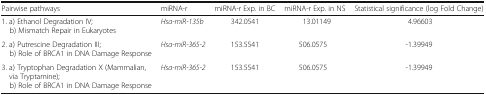
<table><thead><tr><td><b>Pairwise pathways</b></td><td><b>miRNA-r</b></td><td><b>miRNA-r Exp. in BC</b></td><td><b>miRNA-r Exp. in NS</b></td><td><b>Statistical significance (log Fold Change)</b></td></tr></thead><tbody><tr><td>1. a) Ethanol Degradation IV;b) Mismatch Repair in Eukaryotes</td><td><i>Hsa-miR-135b</i></td><td>342.0541</td><td>13.01149</td><td>4.96603</td></tr><tr><td>2. a) Putrescine Degradation III;b) Role of BRCA1 in DNA Damage Response</td><td><i>Hsa-miR-365-2</i></td><td>153.5541</td><td>506.0575</td><td>-1.39949</td></tr><tr><td>3. a) Tryptophan Degradation X (Mammalian, via Tryptamine);b) Role of BRCA1 in DNA Damage Response</td><td><i>Hsa-miR-365-2</i></td><td>153.5541</td><td>506.0575</td><td>-1.39949</td></tr></tbody></table>